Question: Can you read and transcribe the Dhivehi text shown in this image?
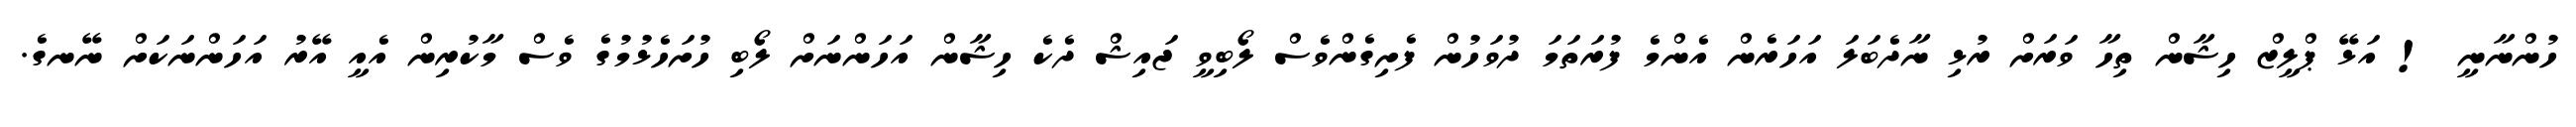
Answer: ހުންނާނީ ! އަޅޭ ޕްލީޒް ހިޝާން ތިހާ ވަރަށް ރުޅި ނާދެބަލަ އަހަރެން އެންމެ ފުރަތަމަ ދުވަހުން ފެށިގެންވެސް ލޯބިވީ ޖައިޝް ދެކެ ހިޝާން އަހަންނަށް ލޯބި ހުށަހެޅުމުގެ ވެސް މާކުރިން އެއީ އޭރު އަހަންނަކަށް ނޭނގެ.